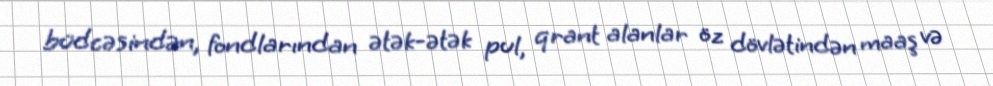
büdcəsindən, fondlarından ətək-ətək pul, qrant alanlar öz dövlətindən maaş və